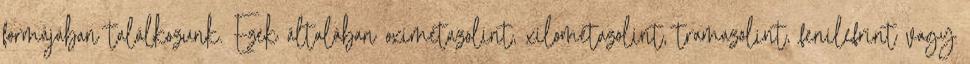
formájában találkozunk. Ezek általában oximetazolint, xilometazolint, tramazolint, fenilefrint vagy